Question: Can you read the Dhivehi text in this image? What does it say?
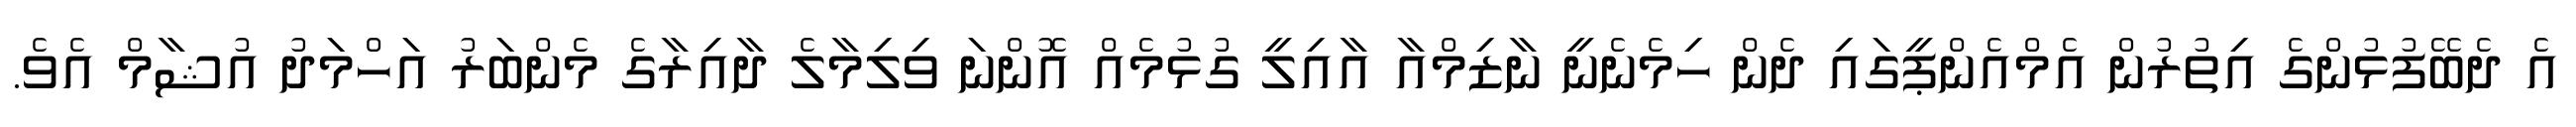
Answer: އެ ދެބޭފުޅުންގެ އިތުރުން އެމްއެންޕީގައި ދެން ހިމެނެނީ ނާޒިމްއާ އާއިލީ ގުޅުމެއް އޮންނަ ވިލިމާލެ ދާއިރާގެ މެންބަރު އަހްމަދު އުޝާމް އެވެ.